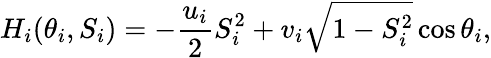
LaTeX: H_{i}(\theta_{i},S_{i})=-\frac{u_{i}}{2}S_{i}^{2}+v_{i}\sqrt{1-S_{i}^{2}}\cos\theta_{i},